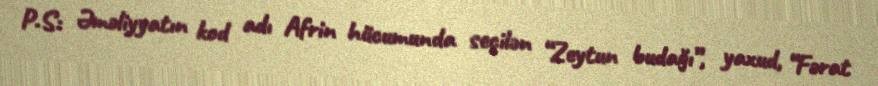
P.S: Əməliyyatın kod adı Afrin hücumunda seçilən “Zeytun budağı”, yaxud, “Fərat